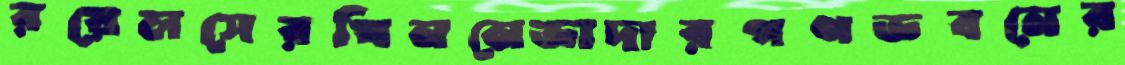
রয়েলসেরখিননেভাদারগণভবনের